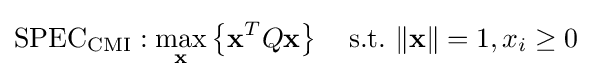
\mathrm {SPEC_{CMI}} :\max _{\mathbf {x} }\left\{\mathbf {x} ^{T}Q\mathbf {x} \right\}\quad {\mbox{s.t.}}\ \|\mathbf {x} \|=1,x_{i}\geq 0